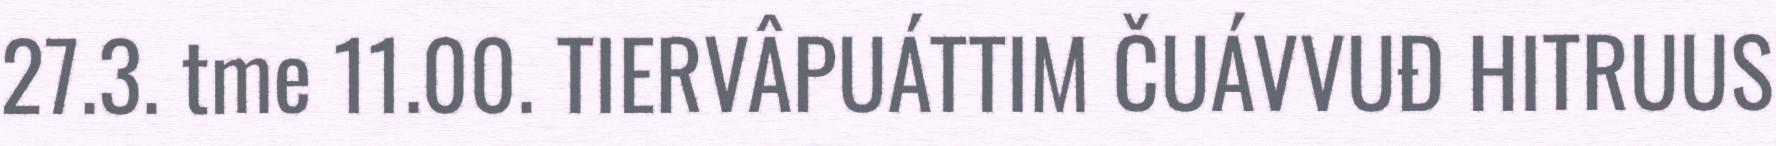
27.3. tme 11.00. TIERVÂPUÁTTIM ČUÁVVUĐ HITRUUS